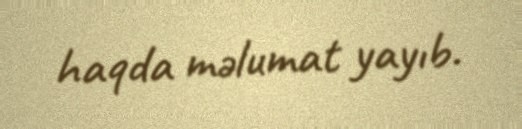
haqda məlumat yayıb.